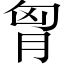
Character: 胷